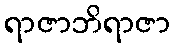
ရာဇာဘိရာဇာ